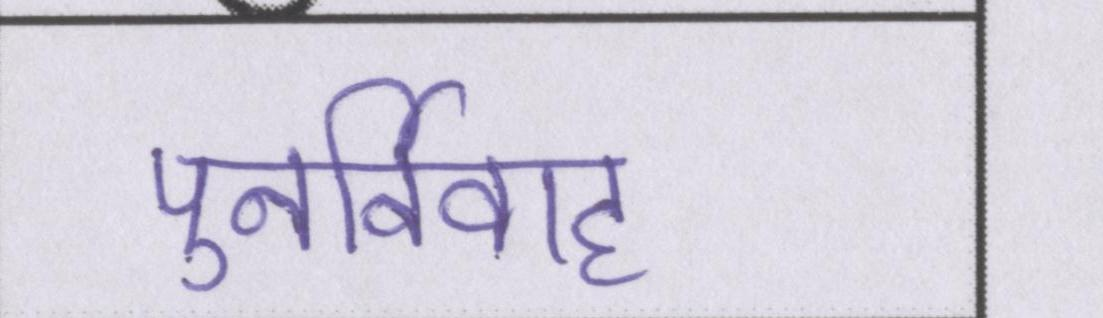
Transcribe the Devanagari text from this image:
पुनर्विवाह